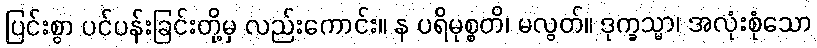
ပြင်းစွာ ပင်ပန်းခြင်းတို့မှ လည်းကောင်း။ န ပရိမုစ္စတိ၊ မလွတ်။ ဒုက္ခသ္မာ၊ အလုံးစုံသော